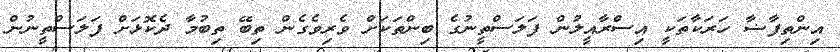
އިންތިފާޟާ ހަރަކާތަކީ އިސްރާއީލުން ފަލަސްތީނުގެ ބިންތަކަށް ވެރިވެގެން ތިބޭ ތިބުމާ ދެކޮޅަށް ފަލަސްތީނުން